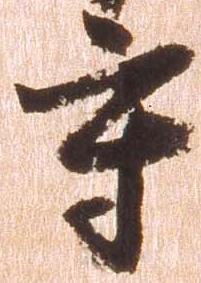
守